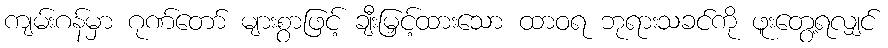
ကျမ်းဂန်မှာ ဂုဏ်တော် များစွာဖြင့် ချီးမြှင့်ထားသော ထာဝရ ဘုရားသခင်ကို ဖူးတွေ့ရလျှင်